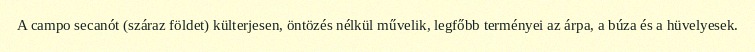
A campo secanót (száraz földet) külterjesen, öntözés nélkül művelik, legfőbb terményei az árpa, a búza és a hüvelyesek.